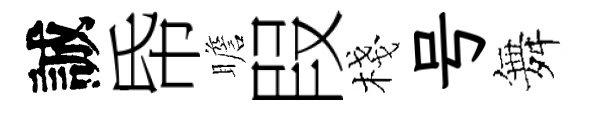
誠帋瞻叚棧号舞